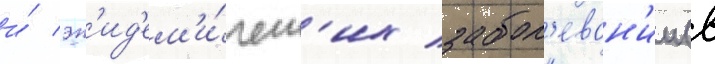
и́ эп'ид'ем'и́ческ'их забол'еван'ии (в